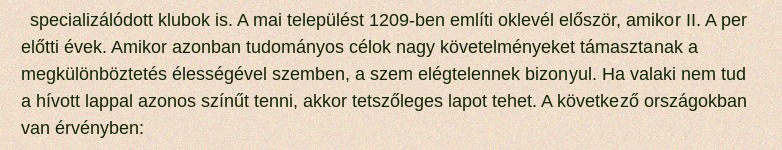
specializálódott klubok is. A mai települést 1209-ben említi oklevél először, amikor II. A per előtti évek. Amikor azonban tudományos célok nagy követelményeket támasztanak a megkülönböztetés élességével szemben, a szem elégtelennek bizonyul. Ha valaki nem tud a hívott lappal azonos színűt tenni, akkor tetszőleges lapot tehet. A következő országokban van érvényben: